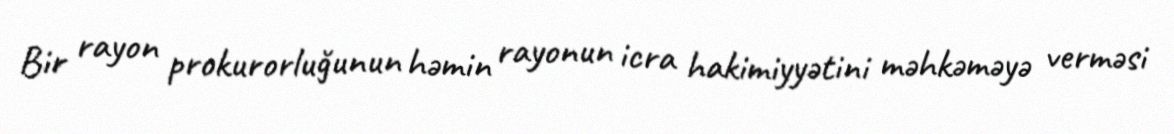
Bir rayon prokurorluğunun həmin rayonun icra hakimiyyətini məhkəməyə verməsi